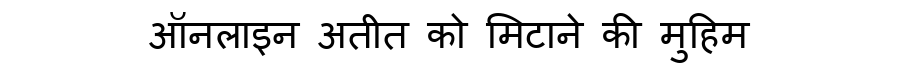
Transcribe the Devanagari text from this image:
ऑनलाइन अतीत को मिटाने की मुहिम